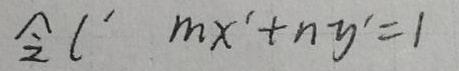
令 \( l' : mx'+ny' = 1 \)